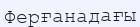
Ферғанадағы